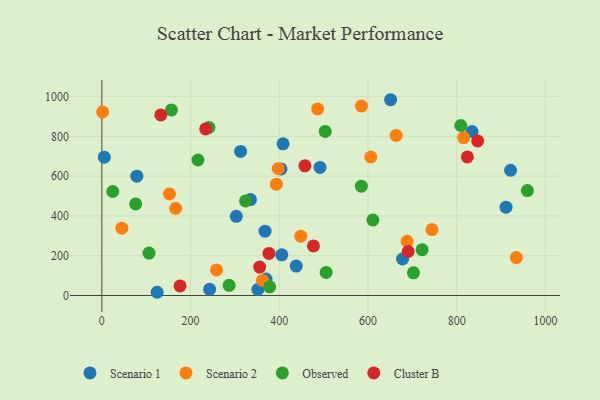
{"axis": {"x": "Speed", "y": "Demand"}, "legend": ["Cluster B", "Observed", "Scenario 1", "Scenario 2"], "data": [{"x": "921.5", "y": 629.7, "type": "Scenario 1"}, {"x": "405.7", "y": 204.3, "type": "Scenario 1"}, {"x": "351.7", "y": 30.1, "type": "Scenario 1"}, {"x": "678.0", "y": 183.6, "type": "Scenario 1"}, {"x": "243.0", "y": 30.8, "type": "Scenario 1"}, {"x": "651.0", "y": 984.4, "type": "Scenario 1"}, {"x": "335.1", "y": 482.5, "type": "Scenario 1"}, {"x": "78.9", "y": 600.1, "type": "Scenario 1"}, {"x": "911.2", "y": 444.2, "type": "Scenario 1"}, {"x": "312.8", "y": 724.2, "type": "Scenario 1"}, {"x": "5.5", "y": 695.5, "type": "Scenario 1"}, {"x": "370.1", "y": 82.7, "type": "Scenario 1"}, {"x": "834.7", "y": 824.5, "type": "Scenario 1"}, {"x": "403.9", "y": 636.4, "type": "Scenario 1"}, {"x": "491.9", "y": 643.9, "type": "Scenario 1"}, {"x": "438.3", "y": 147.9, "type": "Scenario 1"}, {"x": "303.2", "y": 398.3, "type": "Scenario 1"}, {"x": "408.7", "y": 762.5, "type": "Scenario 1"}, {"x": "124.7", "y": 16.2, "type": "Scenario 1"}, {"x": "367.9", "y": 323.2, "type": "Scenario 1"}, {"x": "397.6", "y": 637.5, "type": "Scenario 2"}, {"x": "152.5", "y": 510.4, "type": "Scenario 2"}, {"x": "258.6", "y": 128.4, "type": "Scenario 2"}, {"x": "688.3", "y": 272.8, "type": "Scenario 2"}, {"x": "393.5", "y": 559.7, "type": "Scenario 2"}, {"x": "815.7", "y": 794.1, "type": "Scenario 2"}, {"x": "45.1", "y": 338.5, "type": "Scenario 2"}, {"x": "1.8", "y": 922.9, "type": "Scenario 2"}, {"x": "744.2", "y": 331.4, "type": "Scenario 2"}, {"x": "606.5", "y": 696.4, "type": "Scenario 2"}, {"x": "362.2", "y": 75.7, "type": "Scenario 2"}, {"x": "166.4", "y": 438.3, "type": "Scenario 2"}, {"x": "663.6", "y": 805.1, "type": "Scenario 2"}, {"x": "448.6", "y": 298.2, "type": "Scenario 2"}, {"x": "934.5", "y": 190.8, "type": "Scenario 2"}, {"x": "585.3", "y": 952.6, "type": "Scenario 2"}, {"x": "486.5", "y": 938.1, "type": "Scenario 2"}, {"x": "702.5", "y": 114.0, "type": "Observed"}, {"x": "505.7", "y": 115.8, "type": "Observed"}, {"x": "106.3", "y": 213.2, "type": "Observed"}, {"x": "156.9", "y": 932.9, "type": "Observed"}, {"x": "378.4", "y": 43.4, "type": "Observed"}, {"x": "324.0", "y": 475.4, "type": "Observed"}, {"x": "722.1", "y": 230.5, "type": "Observed"}, {"x": "24.6", "y": 523.0, "type": "Observed"}, {"x": "809.3", "y": 854.7, "type": "Observed"}, {"x": "76.3", "y": 460.7, "type": "Observed"}, {"x": "287.0", "y": 51.3, "type": "Observed"}, {"x": "241.5", "y": 844.7, "type": "Observed"}, {"x": "611.1", "y": 379.5, "type": "Observed"}, {"x": "959.4", "y": 527.5, "type": "Observed"}, {"x": "503.6", "y": 824.8, "type": "Observed"}, {"x": "585.1", "y": 549.8, "type": "Observed"}, {"x": "216.7", "y": 681.4, "type": "Observed"}, {"x": "477.1", "y": 249.4, "type": "Cluster B"}, {"x": "355.8", "y": 142.9, "type": "Cluster B"}, {"x": "176.4", "y": 48.3, "type": "Cluster B"}, {"x": "690.7", "y": 221.3, "type": "Cluster B"}, {"x": "824.1", "y": 696.7, "type": "Cluster B"}, {"x": "234.1", "y": 837.5, "type": "Cluster B"}, {"x": "376.8", "y": 211.6, "type": "Cluster B"}, {"x": "847.2", "y": 777.3, "type": "Cluster B"}, {"x": "457.9", "y": 652.1, "type": "Cluster B"}, {"x": "133.0", "y": 908.2, "type": "Cluster B"}]}